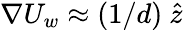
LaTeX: \nabla U_{w}\approx(1/d)\ \hat{z}